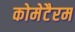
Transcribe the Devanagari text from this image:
कोमेटैरम